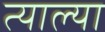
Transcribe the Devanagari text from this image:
त्याल्या